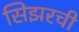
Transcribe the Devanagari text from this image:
सिझरची